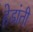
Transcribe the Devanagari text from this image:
हेडांती